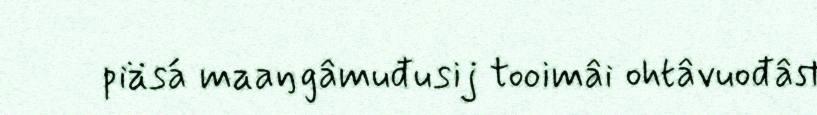
piäsá maaŋgâmuđusij tooimâi ohtâvuođâst